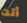
أتت